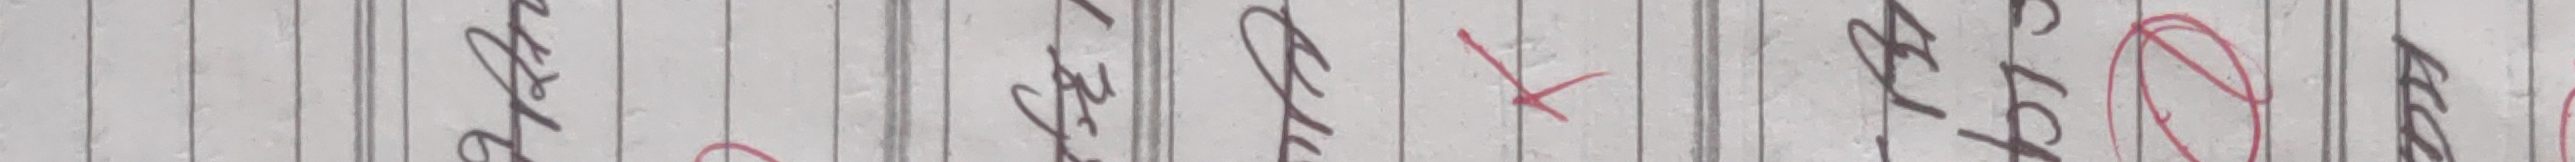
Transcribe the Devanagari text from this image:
अर्थ २.०/